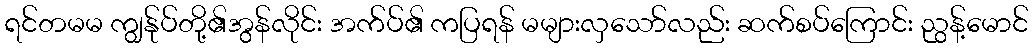
ရင်တမမ ကျွန်ုပ်တို့၏အွန်လိုင်း အက်ပ်၏ ကပြရန် မများလှသော်လည်း ဆက်စပ်ကြောင်း ညွန့်မောင်